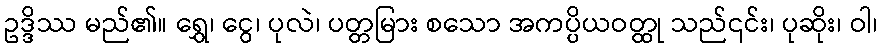
ဥဒ္ဒိဿ မည်၏။ ရွှေ၊ ငွေ၊ ပုလဲ၊ ပတ္တမြား စသော အကပ္ပိယဝတ္ထု သည်၎င်း၊ ပုဆိုး၊ ဝါ၊